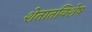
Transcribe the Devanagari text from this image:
शेतातविशेष